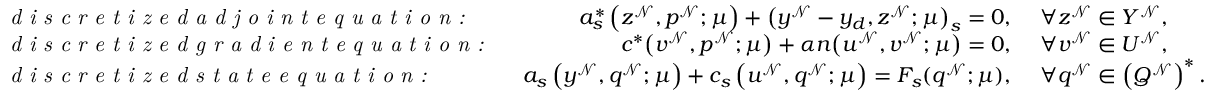
\begin{array} { r l r l } & { \textit { d i s c r e t i z e d a d j o i n t e q u a t i o n : } \ } & { a _ { s } ^ { * } \left( z ^ { \mathcal { N } } , p ^ { \mathcal { N } } ; \boldsymbol { \mu } \right) + \big ( y ^ { \mathcal { N } } - y _ { d } , z ^ { \mathcal { N } } ; \boldsymbol { \mu } \big ) _ { s } = 0 , } & { \ \forall z ^ { \mathcal { N } } \in Y ^ { \mathcal { N } } , } \\ & { \textit { d i s c r e t i z e d g r a d i e n t e q u a t i o n : } \ } & { c ^ { * } \big ( v ^ { \mathcal { N } } , p ^ { \mathcal { N } } ; \boldsymbol { \mu } \big ) + \alpha n \big ( u ^ { \mathcal { N } } , v ^ { \mathcal { N } } ; \boldsymbol { \mu } \big ) = 0 , } & { \ \forall v ^ { \mathcal { N } } \in U ^ { \mathcal { N } } , } \\ & { \textit { d i s c r e t i z e d s t a t e e q u a t i o n : } \ } & { a _ { s } \left( y ^ { \mathcal { N } } , q ^ { \mathcal { N } } ; \boldsymbol { \mu } \right) + c _ { s } \left( u ^ { \mathcal { N } } , q ^ { \mathcal { N } } ; \boldsymbol { \mu } \right) = F _ { s } ( q ^ { \mathcal { N } } ; \boldsymbol { \mu } ) , } & { \ \forall q ^ { \mathcal { N } } \in \left( Q ^ { \mathcal { N } } \right) ^ { * } . } \end{array}